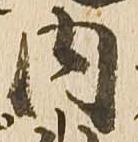
内